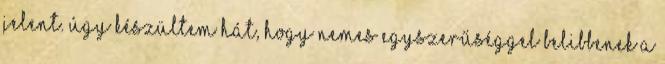
jelent. Úgy készültem hát, hogy nemes egyszerűséggel belibbenek a